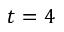
t = 4